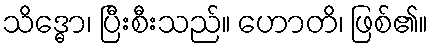
သိဒ္ဓော၊ ပြီးစီးသည်။ ဟောတိ၊ ဖြစ်၏။